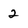
Character: 2